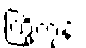
ကြို့ကုန်း